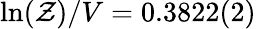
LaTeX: \ln(\mathcal{Z})/V=0.3822(2)